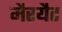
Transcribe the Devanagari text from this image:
मैरयैट